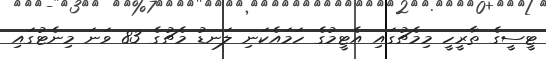
ޓީސީގެ ތާރީހީ މިމެޗުގައި އެޓީމުގެ ހަމައެކަނި ލަނޑު މެޗުގެ 83 ވަނަ މިނެޓުގައި